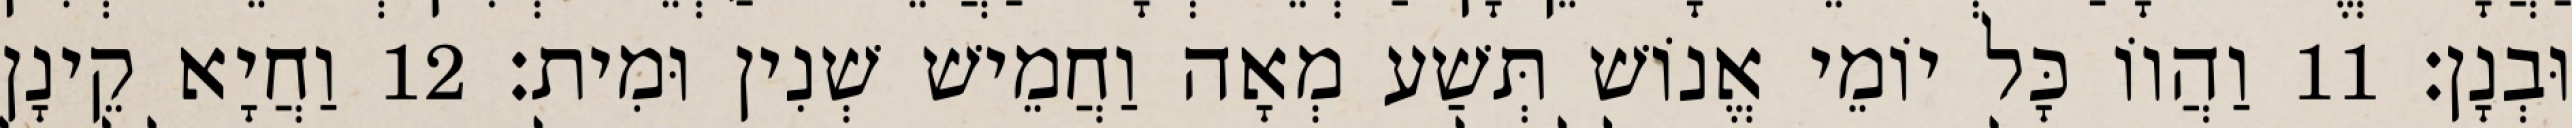
וּבְנָן׃ 11 וַהֲווֹ כָּל יוֹמֵי אֱנוֹשׁ תְּשַׁע מְאָה וַחֲמֵישׁ שְׁנִין וּמִית׃ 12 וַחֲיָא קֵינָן